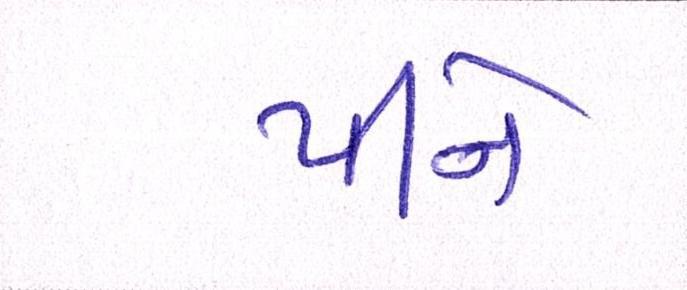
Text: પીને